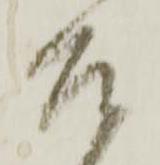
召